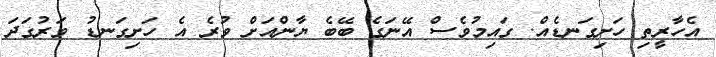
އެހާރީތި ހަށިގަނޑެއް. ގައިމުވެސް އޭނަގެ ބޭބެ ޔާންއަށް ވުރެ އެ ހަށިގަނޑު ވަރުގަދަ